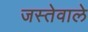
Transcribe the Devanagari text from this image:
जस्तेवाले